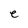
Character: e